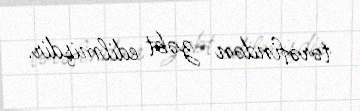
tərəfindən zəbt edilmişdir.